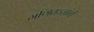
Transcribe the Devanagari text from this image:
गणितज्ज्ञांनी